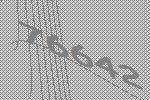
76642